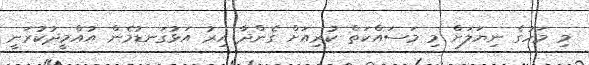
މި މަހުގެ ނިޔަލަށް މި މަސައްކަތް ކުރިއަށް ގެންދާ އިރު އަޅުގަނޑުމެން އުއްމީދުކުރަނީ